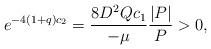
LaTeX: \begin{align*}e^{-4(1+q)c_2} = \frac{8 D^2 Q c_1}{-\mu}\frac{|P|}{P} > 0,\end{align*}